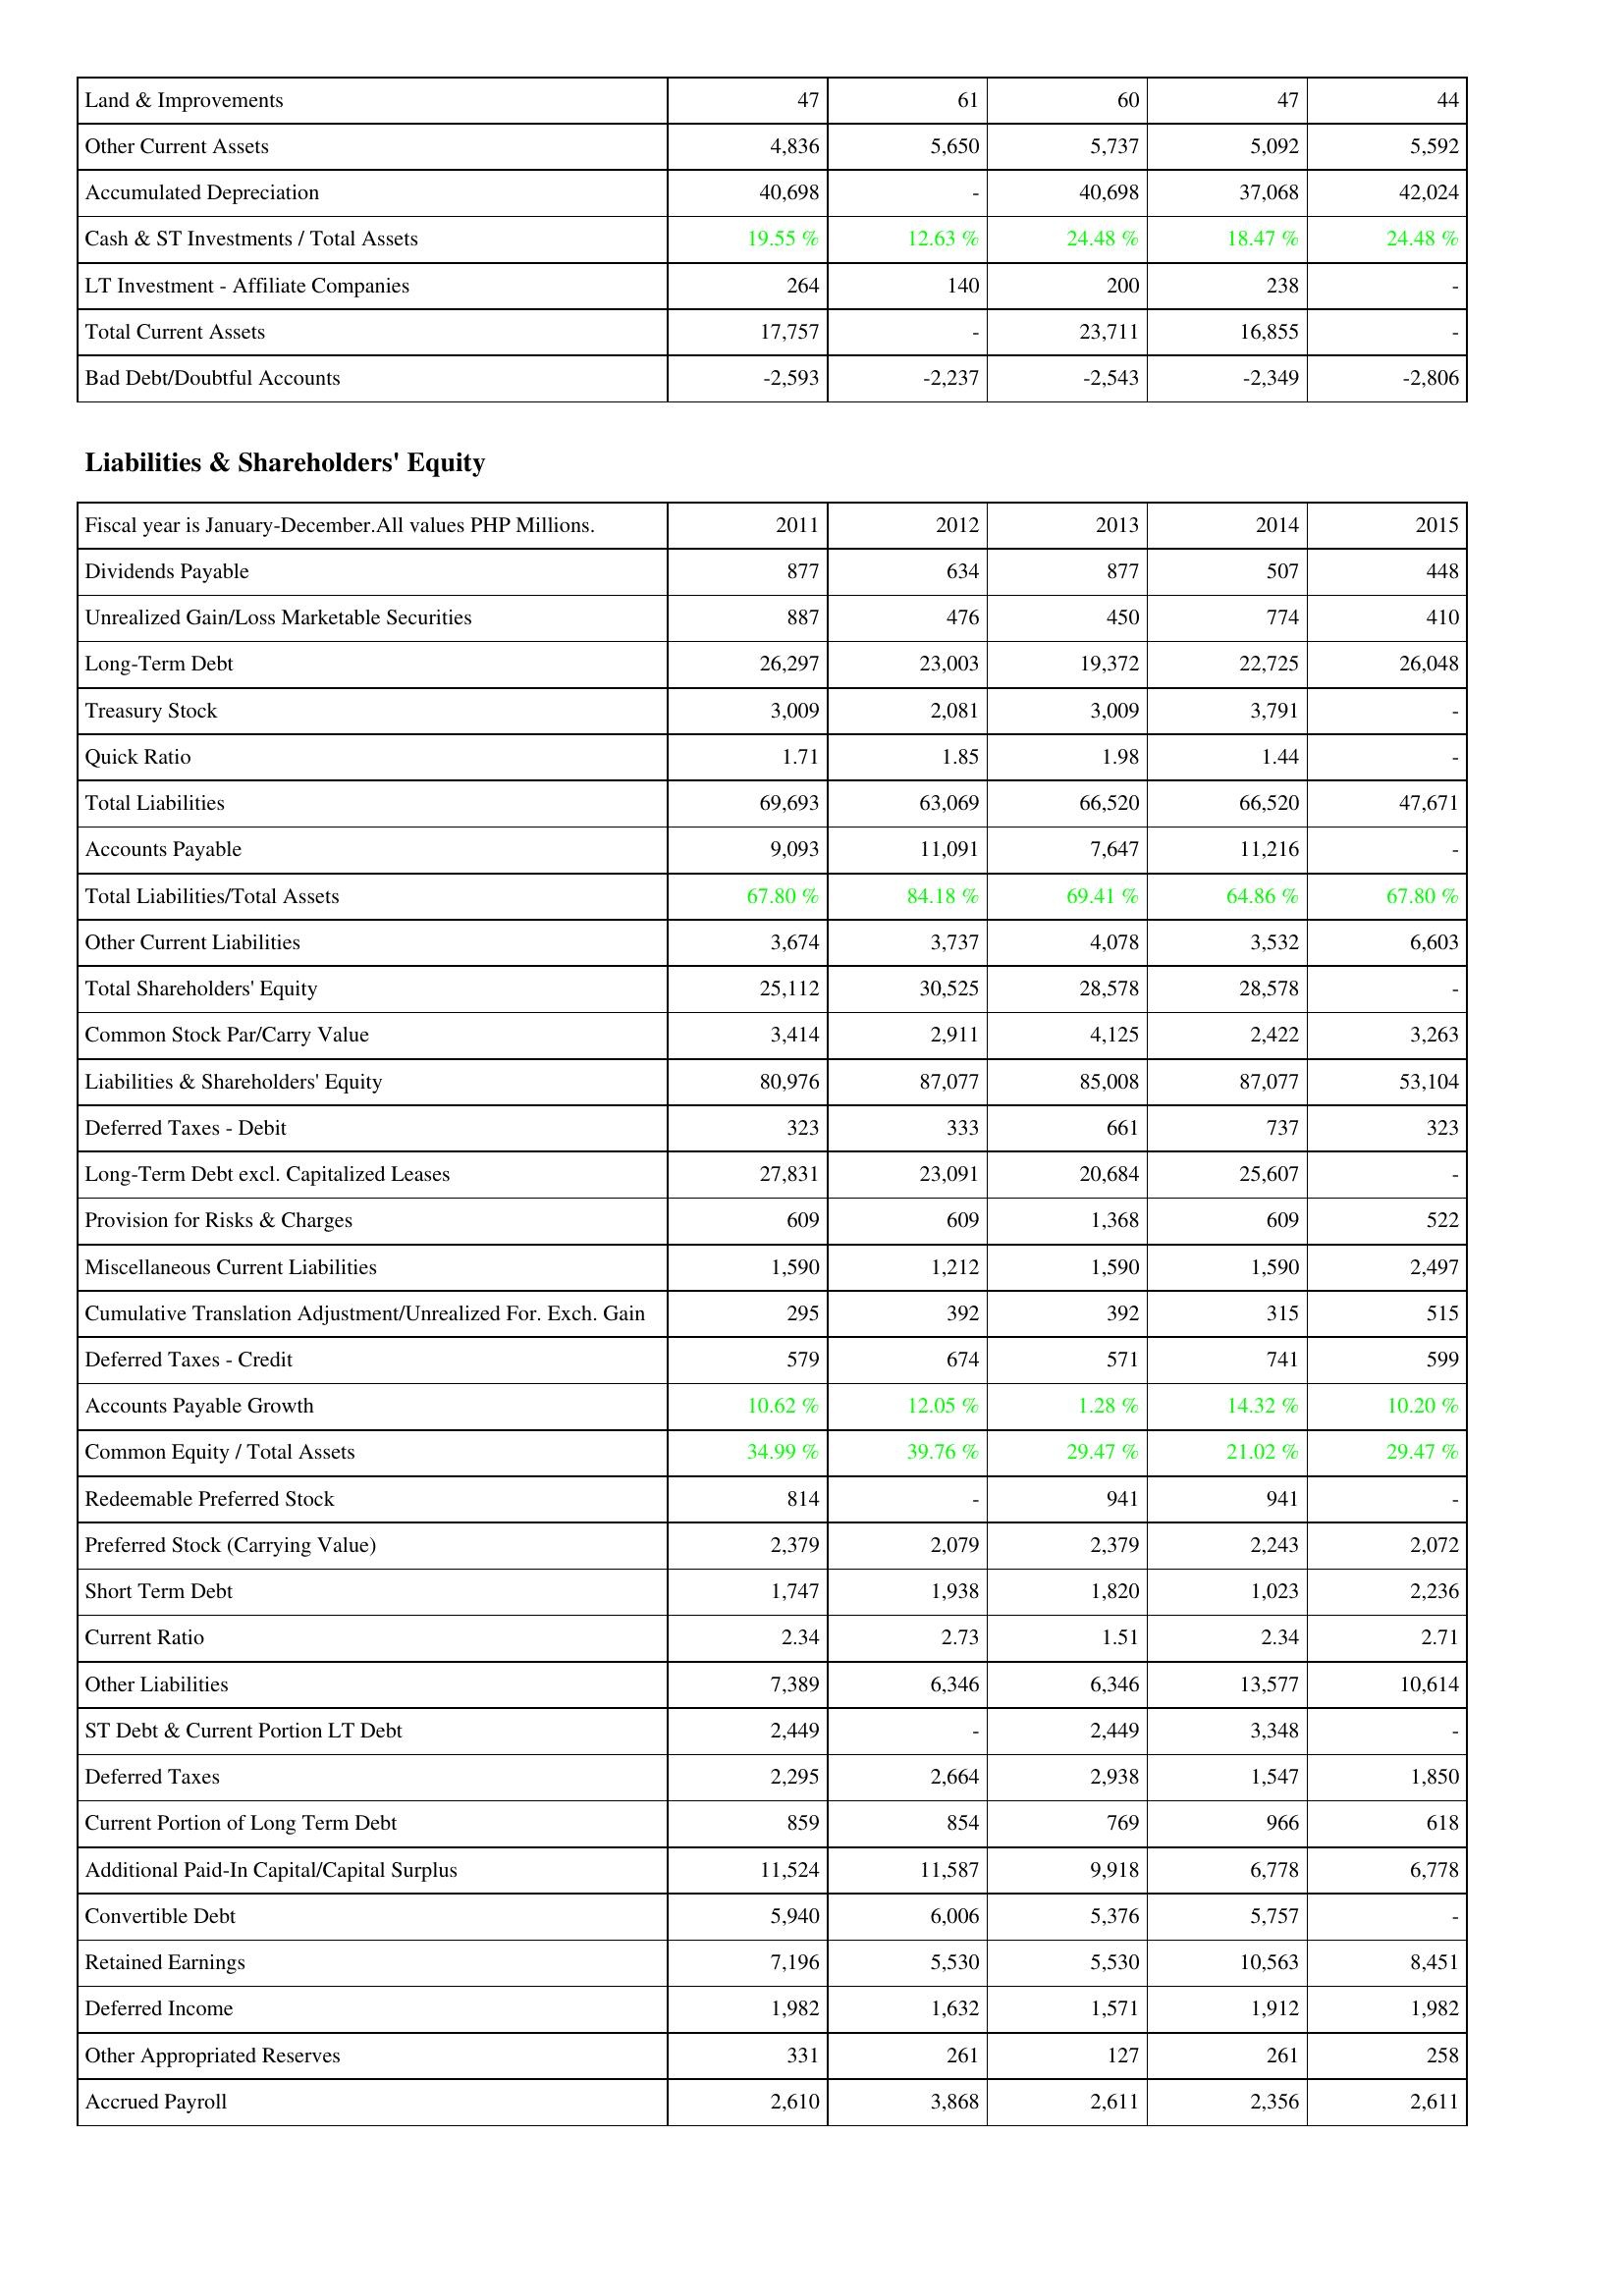
2011: Assets: Land & Improvements: 47
Other Current Assets: 4,836
Accumulated Depreciation: 40,698
Cash & ST Investments / Total Assets: 19.55 %
LT Investment - Affiliate Companies: 264
Total Current Assets: 17,757
Bad Debt/Doubtful Accounts: -2,593
Liabilities & Shareholders' Equity: Dividends Payable: 877
Unrealized Gain/Loss Marketable Securities: 887
Long-Term Debt: 26,297
Treasury Stock: 3,009
Quick Ratio: 1.71
Total Liabilities: 69,693
Accounts Payable: 9,093
Total Liabilities/Total Assets: 67.80 %
Other Current Liabilities: 3,674
Total Shareholders' Equity: 25,112
Common Stock Par/Carry Value: 3,414
Liabilities & Shareholders' Equity: 80,976
Deferred Taxes - Debit: 323
Long-Term Debt excl. Capitalized Leases: 27,831
Provision for Risks & Charges: 609
Miscellaneous Current Liabilities: 1,590
Cumulative Translation Adjustment/Unrealized For. Exch. Gain: 295
Deferred Taxes - Credit: 579
Accounts Payable Growth: 10.62 %
Common Equity / Total Assets: 34.99 %
Redeemable Preferred Stock: 814
Preferred Stock (Carrying Value): 2,379
Short Term Debt: 1,747
Current Ratio: 2.34
Other Liabilities: 7,389
ST Debt & Current Portion LT Debt: 2,449
Deferred Taxes: 2,295
Current Portion of Long Term Debt: 859
Additional Paid-In Capital/Capital Surplus: 11,524
Convertible Debt: 5,940
Retained Earnings: 7,196
Deferred Income: 1,982
Other Appropriated Reserves: 331
Accrued Payroll: 2,610
2012: Assets: Land & Improvements: 61
Other Current Assets: 5,650
Accumulated Depreciation: -
Cash & ST Investments / Total Assets: 12.63 %
LT Investment - Affiliate Companies: 140
Total Current Assets: -
Bad Debt/Doubtful Accounts: -2,237
Liabilities & Shareholders' Equity: Dividends Payable: 634
Unrealized Gain/Loss Marketable Securities: 476
Long-Term Debt: 23,003
Treasury Stock: 2,081
Quick Ratio: 1.85
Total Liabilities: 63,069
Accounts Payable: 11,091
Total Liabilities/Total Assets: 84.18 %
Other Current Liabilities: 3,737
Total Shareholders' Equity: 30,525
Common Stock Par/Carry Value: 2,911
Liabilities & Shareholders' Equity: 87,077
Deferred Taxes - Debit: 333
Long-Term Debt excl. Capitalized Leases: 23,091
Provision for Risks & Charges: 609
Miscellaneous Current Liabilities: 1,212
Cumulative Translation Adjustment/Unrealized For. Exch. Gain: 392
Deferred Taxes - Credit: 674
Accounts Payable Growth: 12.05 %
Common Equity / Total Assets: 39.76 %
Redeemable Preferred Stock: -
Preferred Stock (Carrying Value): 2,079
Short Term Debt: 1,938
Current Ratio: 2.73
Other Liabilities: 6,346
ST Debt & Current Portion LT Debt: -
Deferred Taxes: 2,664
Current Portion of Long Term Debt: 854
Additional Paid-In Capital/Capital Surplus: 11,587
Convertible Debt: 6,006
Retained Earnings: 5,530
Deferred Income: 1,632
Other Appropriated Reserves: 261
Accrued Payroll: 3,868
2013: Assets: Land & Improvements: 60
Other Current Assets: 5,737
Accumulated Depreciation: 40,698
Cash & ST Investments / Total Assets: 24.48 %
LT Investment - Affiliate Companies: 200
Total Current Assets: 23,711
Bad Debt/Doubtful Accounts: -2,543
Liabilities & Shareholders' Equity: Dividends Payable: 877
Unrealized Gain/Loss Marketable Securities: 450
Long-Term Debt: 19,372
Treasury Stock: 3,009
Quick Ratio: 1.98
Total Liabilities: 66,520
Accounts Payable: 7,647
Total Liabilities/Total Assets: 69.41 %
Other Current Liabilities: 4,078
Total Shareholders' Equity: 28,578
Common Stock Par/Carry Value: 4,125
Liabilities & Shareholders' Equity: 85,008
Deferred Taxes - Debit: 661
Long-Term Debt excl. Capitalized Leases: 20,684
Provision for Risks & Charges: 1,368
Miscellaneous Current Liabilities: 1,590
Cumulative Translation Adjustment/Unrealized For. Exch. Gain: 392
Deferred Taxes - Credit: 571
Accounts Payable Growth: 1.28 %
Common Equity / Total Assets: 29.47 %
Redeemable Preferred Stock: 941
Preferred Stock (Carrying Value): 2,379
Short Term Debt: 1,820
Current Ratio: 1.51
Other Liabilities: 6,346
ST Debt & Current Portion LT Debt: 2,449
Deferred Taxes: 2,938
Current Portion of Long Term Debt: 769
Additional Paid-In Capital/Capital Surplus: 9,918
Convertible Debt: 5,376
Retained Earnings: 5,530
Deferred Income: 1,571
Other Appropriated Reserves: 127
Accrued Payroll: 2,611
2014: Assets: Land & Improvements: 47
Other Current Assets: 5,092
Accumulated Depreciation: 37,068
Cash & ST Investments / Total Assets: 18.47 %
LT Investment - Affiliate Companies: 238
Total Current Assets: 16,855
Bad Debt/Doubtful Accounts: -2,349
Liabilities & Shareholders' Equity: Dividends Payable: 507
Unrealized Gain/Loss Marketable Securities: 774
Long-Term Debt: 22,725
Treasury Stock: 3,791
Quick Ratio: 1.44
Total Liabilities: 66,520
Accounts Payable: 11,216
Total Liabilities/Total Assets: 64.86 %
Other Current Liabilities: 3,532
Total Shareholders' Equity: 28,578
Common Stock Par/Carry Value: 2,422
Liabilities & Shareholders' Equity: 87,077
Deferred Taxes - Debit: 737
Long-Term Debt excl. Capitalized Leases: 25,607
Provision for Risks & Charges: 609
Miscellaneous Current Liabilities: 1,590
Cumulative Translation Adjustment/Unrealized For. Exch. Gain: 315
Deferred Taxes - Credit: 741
Accounts Payable Growth: 14.32 %
Common Equity / Total Assets: 21.02 %
Redeemable Preferred Stock: 941
Preferred Stock (Carrying Value): 2,243
Short Term Debt: 1,023
Current Ratio: 2.34
Other Liabilities: 13,577
ST Debt & Current Portion LT Debt: 3,348
Deferred Taxes: 1,547
Current Portion of Long Term Debt: 966
Additional Paid-In Capital/Capital Surplus: 6,778
Convertible Debt: 5,757
Retained Earnings: 10,563
Deferred Income: 1,912
Other Appropriated Reserves: 261
Accrued Payroll: 2,356
2015: Assets: Land & Improvements: 44
Other Current Assets: 5,592
Accumulated Depreciation: 42,024
Cash & ST Investments / Total Assets: 24.48 %
LT Investment - Affiliate Companies: -
Total Current Assets: -
Bad Debt/Doubtful Accounts: -2,806
Liabilities & Shareholders' Equity: Dividends Payable: 448
Unrealized Gain/Loss Marketable Securities: 410
Long-Term Debt: 26,048
Treasury Stock: -
Quick Ratio: -
Total Liabilities: 47,671
Accounts Payable: -
Total Liabilities/Total Assets: 67.80 %
Other Current Liabilities: 6,603
Total Shareholders' Equity: -
Common Stock Par/Carry Value: 3,263
Liabilities & Shareholders' Equity: 53,104
Deferred Taxes - Debit: 323
Long-Term Debt excl. Capitalized Leases: -
Provision for Risks & Charges: 522
Miscellaneous Current Liabilities: 2,497
Cumulative Translation Adjustment/Unrealized For. Exch. Gain: 515
Deferred Taxes - Credit: 599
Accounts Payable Growth: 10.20 %
Common Equity / Total Assets: 29.47 %
Redeemable Preferred Stock: -
Preferred Stock (Carrying Value): 2,072
Short Term Debt: 2,236
Current Ratio: 2.71
Other Liabilities: 10,614
ST Debt & Current Portion LT Debt: -
Deferred Taxes: 1,850
Current Portion of Long Term Debt: 618
Additional Paid-In Capital/Capital Surplus: 6,778
Convertible Debt: -
Retained Earnings: 8,451
Deferred Income: 1,982
Other Appropriated Reserves: 258
Accrued Payroll: 2,611